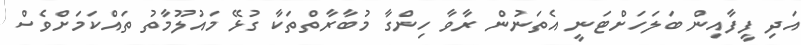
އަދި ފީފާއިން ބަލަހަށްޓަނީ އެތަނުން ރާވާ ހިންގާ މުބާރާތްތަކާ ގުޅޭ މައުލޫމާތު ތައްކަމަށްވެސް